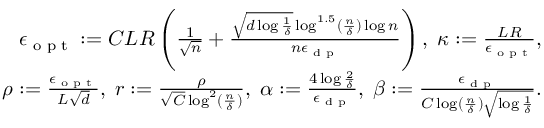
\begin{array} { r } { \epsilon _ { \textup { o p t } } : = C L R \left( \frac 1 { \sqrt n } + \frac { \sqrt { d \log \frac 1 \delta } \log ^ { 1 . 5 } ( \frac n \delta ) \log n } { n \epsilon _ { \textup { d p } } } \right) , \; \kappa : = \frac { L R } { \epsilon _ { \textup { o p t } } } , } \\ { \rho : = \frac { \epsilon _ { \textup { o p t } } } { L \sqrt d } , \; r : = \frac { \rho } { \sqrt C \log ^ { 2 } ( \frac n \delta ) } , \; \alpha : = \frac { 4 \log \frac 2 \delta } { \epsilon _ { \textup { d p } } } , \; \beta : = \frac { \epsilon _ { \textup { d p } } } { C \log ( \frac n \delta ) \sqrt { \log \frac 1 \delta } } . } \end{array}